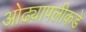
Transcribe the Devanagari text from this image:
ओढ्यापलीकडे